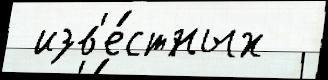
 изв'е́стных